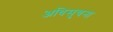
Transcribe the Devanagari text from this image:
अधिसुचना